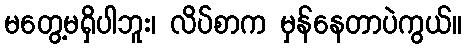
မတွေ့မရှိပါဘူး၊ လိပ်စာက မှန်နေတာပဲကွယ်။